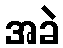
အခဲ